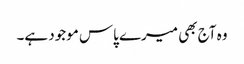
وہ آج بھی میرے پاس موجود ہے۔